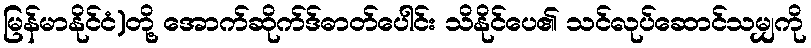
မြန်မာနိုင်ငံ)တို့ အောက်ဆိုက်ဒ်ဓာတ်ပေါင်း သိနိုင်ပေ၏ သင်လုပ်ဆောင်သမျှကို